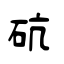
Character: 砊